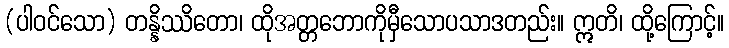
(ပါဝင်သော) တန္နိဿိတော၊ ထိုအတ္တဘောကိုမှီသောပသာဒတည်း။ ဣတိ၊ ထို့ကြောင့်။